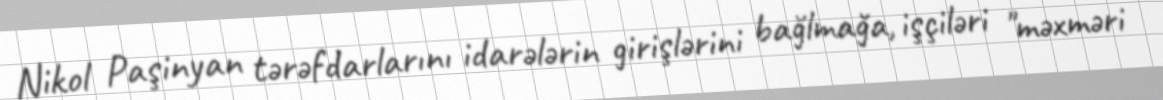
Nikol Paşinyan tərəfdarlarını idarələrin girişlərini bağlmağa, işçiləri "məxməri